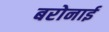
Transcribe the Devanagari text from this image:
बरोनाई